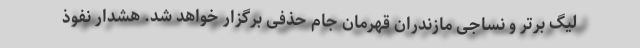
لیگ برتر و نساجی مازندران قهرمان جام حذفی برگزار خواهد شد. هشدار نفوذ